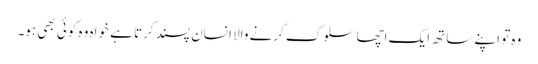
وہ تو اپنے ساتھ ایک اچھا سلوک کرنے والا انسان پسند کرتا ہے خواہ وہ کوئی بھی ہو۔